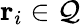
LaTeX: \mathbf{r}_{i}\in\mathcal{Q}